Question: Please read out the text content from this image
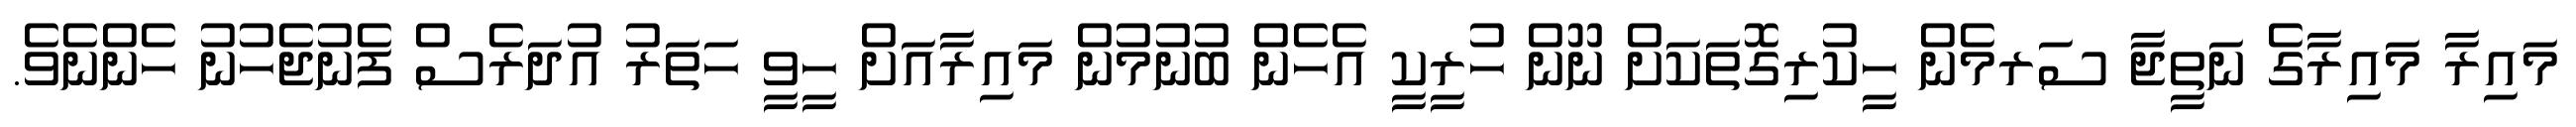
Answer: މައިރާ މައިރާގެ ނަތީޖާ ސަރމެން ހީކުރިގޮތަކަށް ނޫން ހުރީކީ އެހެން ބުނުމުން މައިރާއަށް ހީވީ ހަތަރު އުދަރެސް ފެނުޖެހުނު ހެންނެވެ.